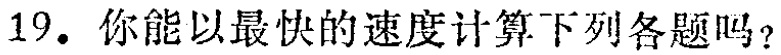
19. 你能以最快的速度计算下列各题吗？